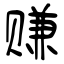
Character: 赚